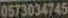
0573034745